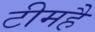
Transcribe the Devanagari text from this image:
टीमहै